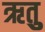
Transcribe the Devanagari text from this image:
ऋतुु